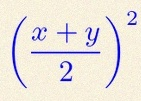
\left(\frac{x+y}{2}\right)^2